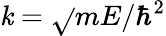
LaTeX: \mathit{k}=\sqrt{}{{mE/\hbar^{2}}}